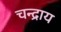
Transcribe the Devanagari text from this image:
चन्द्राय